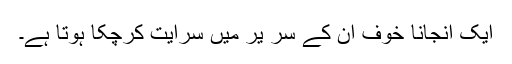
ایک انجانا خوف ان کے سر یر میں سرایت کرچکا ہوتا ہے۔